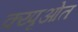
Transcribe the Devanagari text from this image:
क्य्पृओत